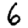
Digit: 6